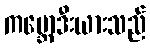
ကမ္ဘောဒီးယားသည်